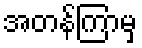
အတန်ကြာမှ